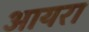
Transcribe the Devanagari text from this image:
आयरा